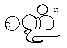
စဏ္ဍိံ